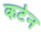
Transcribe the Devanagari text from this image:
कर्टन